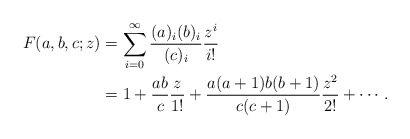
\begin{align*}F(a,b,c;z) &= \sum_{i = 0}^\infty \frac{(a)_i (b)_i} {(c)_i} \frac{z^i}{i !} \\&= 1 + \frac{ab}{c} \frac{z}{1!} + \frac{a (a + 1) b (b + 1)}{c (c + 1)} \frac{z^2}{2 !} + \cdots. \end{align*}